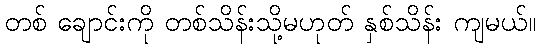
တစ် ချောင်းကို တစ်သိန်းသို့မဟုတ် နှစ်သိန်း ကျမယ်။